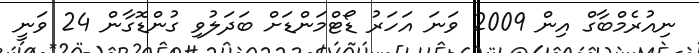
ނިއުރެމްބާގް އިން 2009 ވަނަ އަހަރު ޑޯޓްމަންޑަށް ބަދަލުވި ގުންޑޮގާން 24 ވަނީ